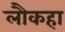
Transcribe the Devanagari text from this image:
लौकहा